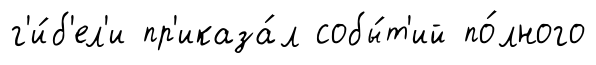
г'и́б'ел'и пр'иказа́л собы́т'ий по́лного